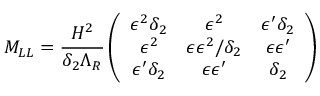
M _ { L L } = \frac { H ^ { 2 } } { \delta _ { 2 } \Lambda _ { R } } \left( \begin{array} { c c c } { { \epsilon ^ { 2 } \delta _ { 2 } } } & { { \epsilon ^ { 2 } } } & { { \epsilon ^ { \prime } \delta _ { 2 } } } \\ { { \epsilon ^ { 2 } } } & { { \epsilon \epsilon ^ { 2 } / \delta _ { 2 } } } & { { \epsilon \epsilon ^ { \prime } } } \\ { { \epsilon ^ { \prime } \delta _ { 2 } } } & { { \epsilon \epsilon ^ { \prime } } } & { { \delta _ { 2 } } } \end{array} \right)